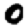
Digit: 0